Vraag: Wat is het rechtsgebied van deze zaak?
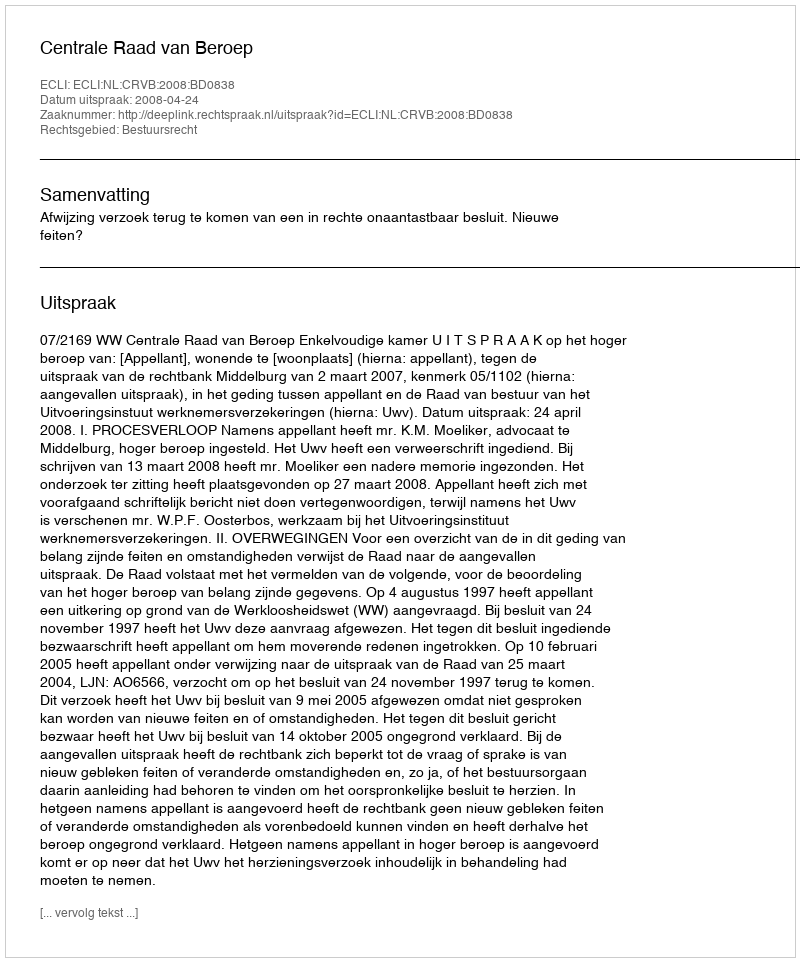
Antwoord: Bestuursrecht